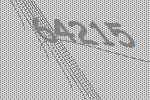
64215